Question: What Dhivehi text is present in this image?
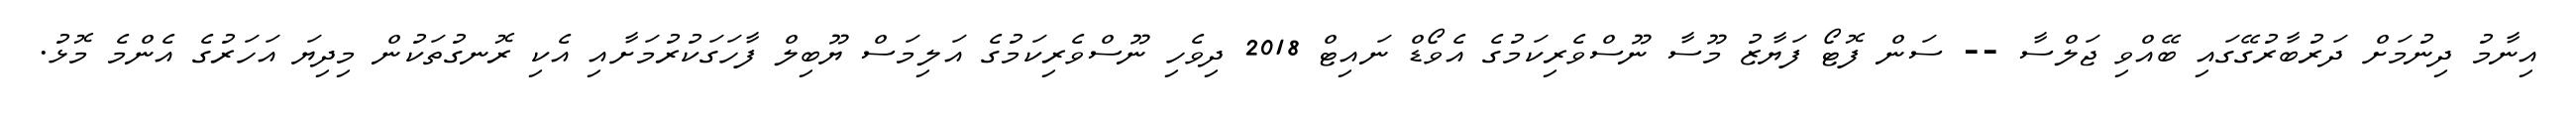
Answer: އިނާމު ދިނުމަށް ދަރުބާރުގޭގައި ބޭއްވި ޖަލްސާ -- ސަން ފޮޓޯ ފަޔާޒު މޫސާ ނޫސްވެރިކަމުގެ އެވޯޑް ނައިޓް 2018 ދިވެހި ނޫސްވެރިކަމުގެ އަލިމަސް ޔޫބިލް ފާހަގަކުރުމަށާއި އެކި ރޮނގުތަކުން މިދިޔަ އަހަރުގެ އެންމެ މޮޅު.